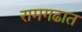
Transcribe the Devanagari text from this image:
रामगढात